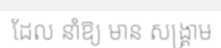
ដែល នាំឱ្យ មាន សង្គ្រាម